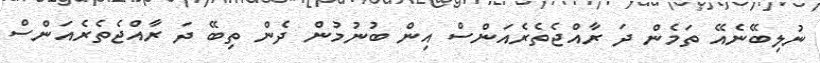
ނުލިބޭނެއޭ ތަމެން ދަ ރާއްޖެތެރެއަންސް އިން ބުނުމުން ދެން ތިބޭ ދަ ރާއްޖެތެރެއަންސް